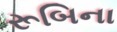
રૂબિના